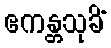
ဧကန္တသုခိံ